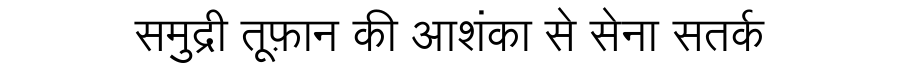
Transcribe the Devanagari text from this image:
समुद्री तूफ़ान की आशंका से सेना सतर्क